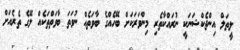
ލީތަލް އިންޖެކްޝަނަކީ ނުރައްކާތެރި މިންވަރަކަށް ބޭހެއްގެ ބާވަތެއް ނުވަތަ ބާވަތްތަކެއް ލޭގެ ތެރެއަށް